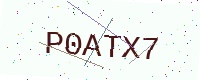
Text: P0ATX7